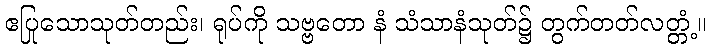
ဧပြုသောသုတ်တည်း၊ ရုပ်ကို သဗ္ဗတော နံ သံသာနံသုတ်၌ တွက်တတ်လတ္တံ့။